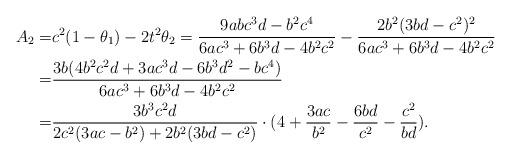
LaTeX: \begin{align*} A_2=&c^2(1-\theta_1)-2t^2\theta_2=\dfrac{9abc^3d-b^2c^4}{6 a c^3 +6b^3 d-4 b^2 c^2 }-\dfrac{2b^2 (3bd-c^2)^2}{6 a c^3 + 6 b^3 d-4b^2 c^2 }\\=&\dfrac{3 b (4 b^2 c^2 d + 3 a c^3 d - 6 b^3 d^2-b c^4)}{6 a c^3 +6b^3 d-4 b^2 c^2 }\\=&\dfrac{3b^3c^2d}{2c^2(3 a c-b^2)+2b^2(3bd-c^2)}\cdot(4+\dfrac{3ac}{b^2}-\dfrac{6bd}{c^2}-\dfrac{c^2}{bd}).\end{align*}